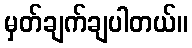
မှတ်ချက်ချပါတယ်။